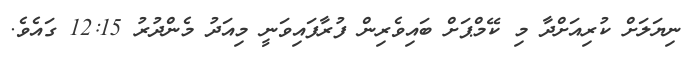
ނިޔަލަށް ކުރިއަށްދާ މި ކޭމްޕަށް ބައިވެރިން ފުރާފައިވަނީ މިއަދު މެންދުރު 12:15 ގައެވެ.